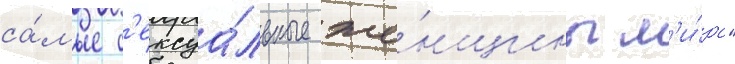
са́мые с'ексуа́льные же́нщины м'и́ра"